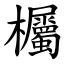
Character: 欘